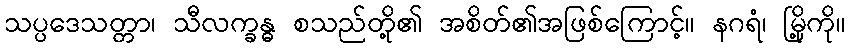
သပ္ပဒေသတ္တာ၊ သီလက္ခန္ဓ စသည်တို့၏ အစိတ်၏အဖြစ်ကြောင့်။ နဂရံ၊ မြို့ကို။